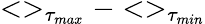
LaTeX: <>_{\tau_{max}}-<>_{\tau_{min}}